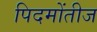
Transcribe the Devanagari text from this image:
पिदमोंतीज